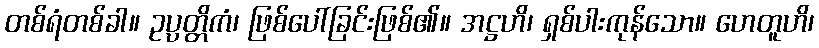
တစ်ရံတစ်ခါ။ ဥပ္ပတ္တိကံ၊ ဖြစ်ပေါ်ခြင်းဖြစ်၏။ အဋ္ဌဟိ၊ ရှစ်ပါးကုန်သော။ ဟေတူဟိ၊